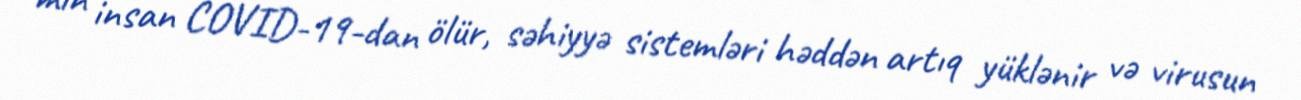
min insan COVID-19-dan ölür, səhiyyə sistemləri həddən artıq yüklənir və virusun